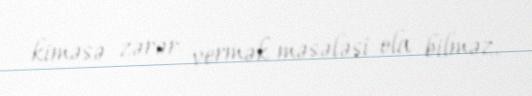
kiməsə zərər vermək məsələsi ola bilməz.